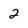
Character: 2